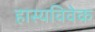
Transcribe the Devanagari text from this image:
हास्यविवेक